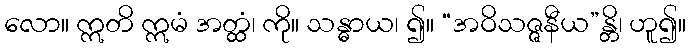
လော။ ဣတိ ဣမံ အတ္ထံ၊ ကို။ သန္ဓာယ၊ ၍။ “အဝိသဇ္ဇနီယ”န္တိ၊ ဟူ၍။